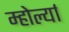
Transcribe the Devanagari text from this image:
म्होर्ल्या